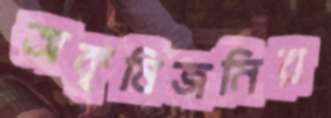
অকৃষিজমির